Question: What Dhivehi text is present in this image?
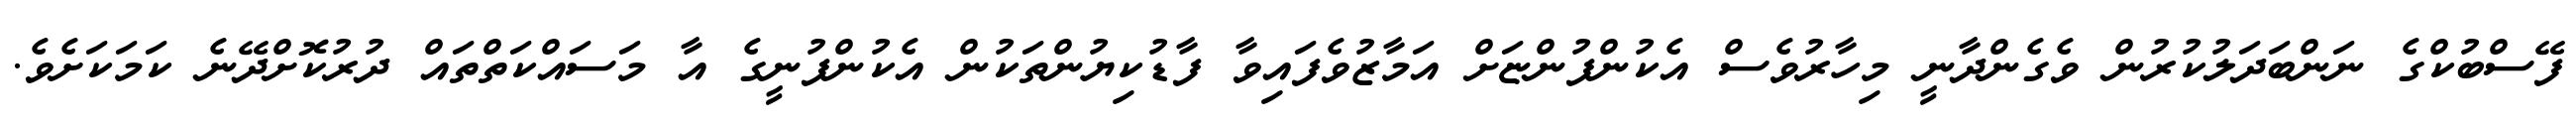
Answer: ފޭސްބުކްގެ ނަންބަދަލުކުރުން ވެގެންދާނީ މިހާރުވެސް އެކުންފުންޏަށް އަމާޒުވެފައިވާ ފާޑުކިޔުންތަކުން އެކުންފުނީގެ އާ މަސައްކަތްތައް ދުރުކޮށްދޭނެ ކަމަކަށެވެ.